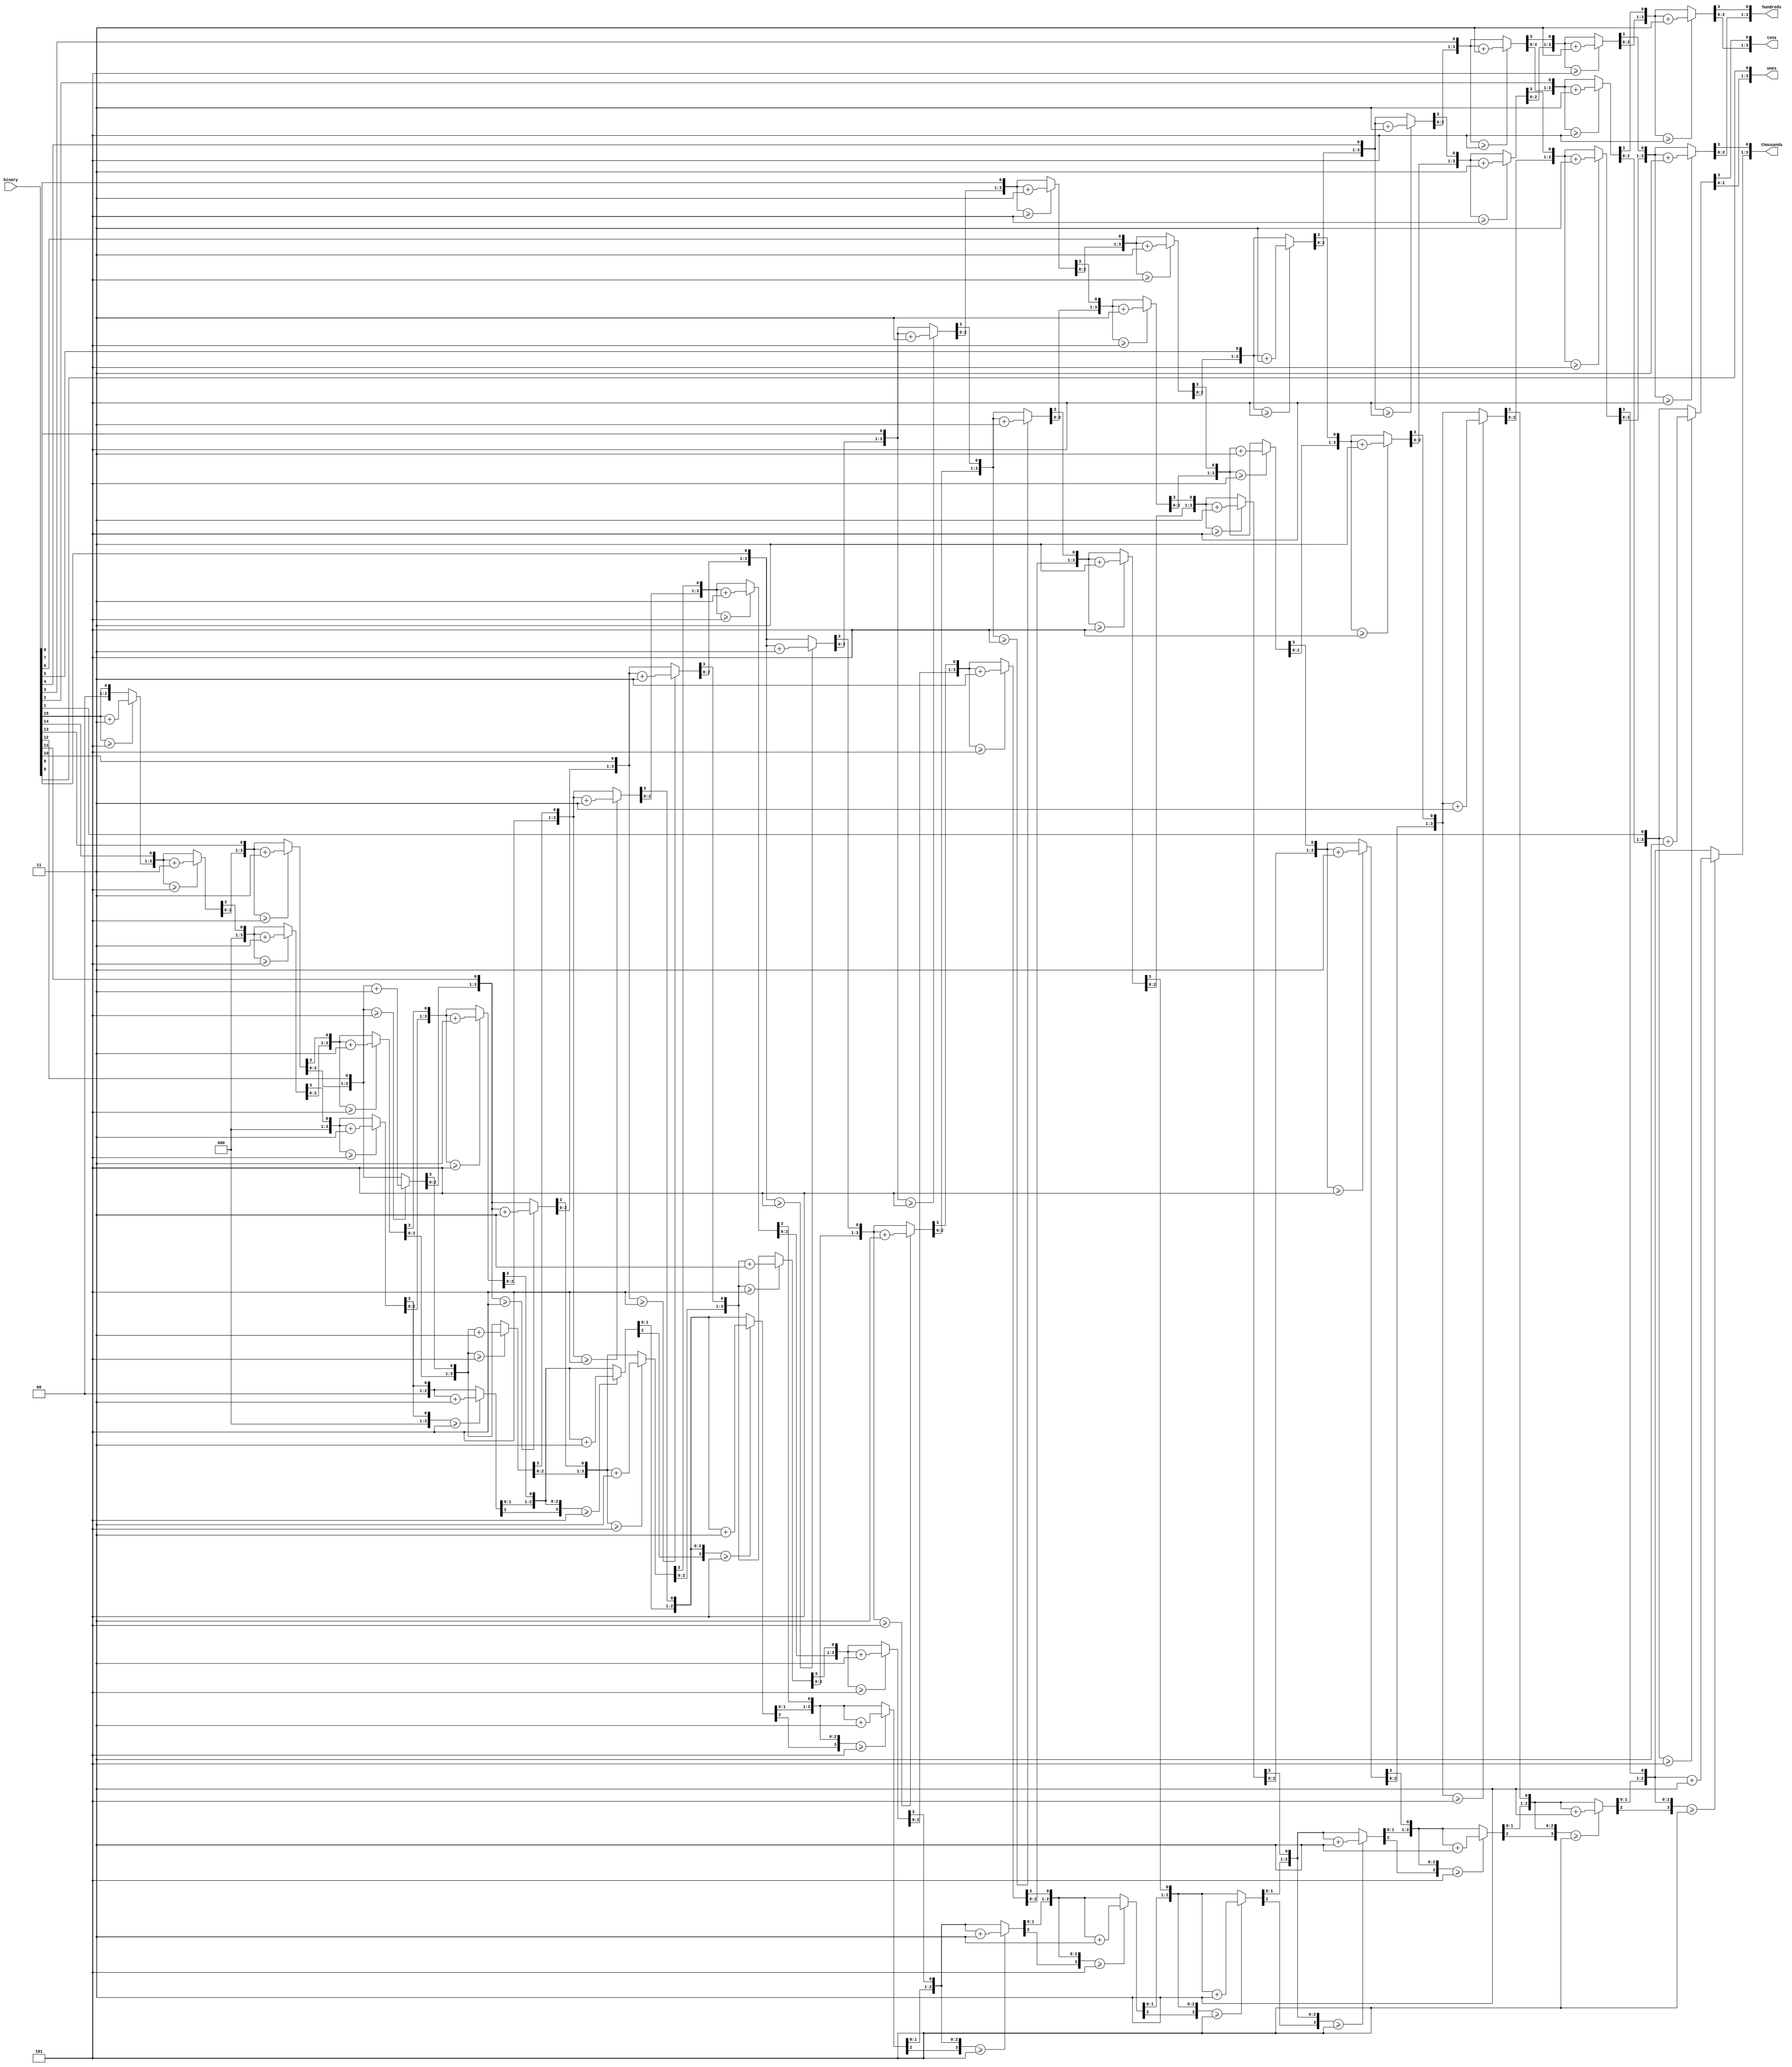
`timescale 1ns / 1ps
//////////////////////////////////////////////////////////////////////////////////
// Company: 
// Engineer: 
// 
// Design Name: 
// Module Name: BCD
// Project Name: 
// Target Devices: 
// Tool Versions: 
// Description: 
// 
// Dependencies: 
// 
// Revision:
// Revision 0.01 - File Created
// Additional Comments:
// 
//////////////////////////////////////////////////////////////////////////////////


module BCD( input [15:0] binary, output reg [3:0]thousands, hundreds, tens, ones);
integer i;
always @(binary)
begin 
thousands = 4'd0;
hundreds = 4'd0;
tens=4'd0;
ones=4'd0;
for (i=15; i>=0;i=i-1)
begin
if (thousands>=5)
thousands=thousands+3; 
if (hundreds >=5)
hundreds=hundreds+3;
if (tens>=5)
tens=tens+3;
if (ones>=5)
ones=ones+3;
thousands= thousands<<1;
thousands[0]=hundreds[3];
hundreds=hundreds<<1;
hundreds[0]=tens[3];
tens=tens<<1;
tens[0]=ones[3];
ones=ones<<1;
ones[0]=binary[i];
end
end
endmodule